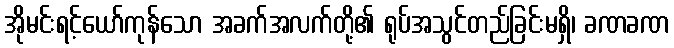
အိုမင်းရင့်ယော်ကုန်သော အခက်အလက်တို့၏ ရုပ်အသွင်တည်ခြင်းမရှိ၊ ခဏခဏ